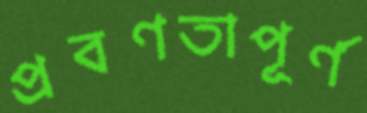
প্রবণতাপূর্ণ